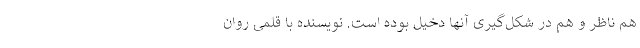
هم ناظر و هم در شکل‌گیری آنها دخیل بوده است. نویسنده با قلمی روان